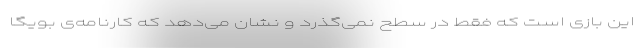
این بازی است که فقط در سطح نمی‌گذرد و نشان می‌دهد که کارنامه‌ی بویگا